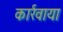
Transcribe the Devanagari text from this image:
कार्रवाया